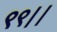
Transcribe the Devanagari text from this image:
९९।।